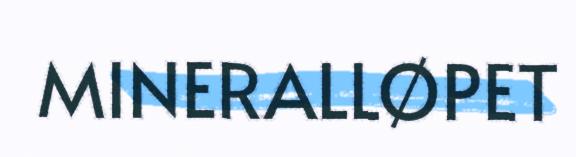
MINERALLØPET